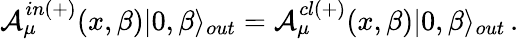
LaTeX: {\cal A}_{\mu}^{in(+)}(x,\beta)|0,\beta\rangle_{out}={\cal A}_{\mu}^{cl(+)}(x,\beta)|0,\beta\rangle_{out}\, .